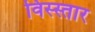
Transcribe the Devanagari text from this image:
विस्स्तार